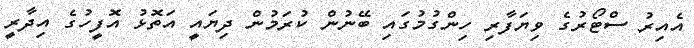
އެއިރު ސްޓޯރުގެ ވިޔަފާރި ހިންގުމުގައި ބޭނުން ކުރަމުން ދިޔައީ އަތޮޅު އޮފީހުގެ އިދާރީ